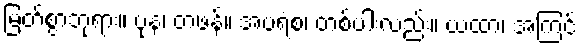
မြတ်စွာဘုရား။ ပုန၊ တဖန်။ အပရံစ၊ တစ်ပါးလည်း။ ယထာ၊ အကြင်